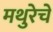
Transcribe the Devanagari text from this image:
मथुरेचे